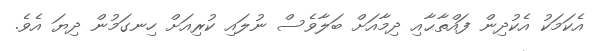
އެކަމަކު އެކުދިން ފައްތާޙާއި ދިމާއަށް ބަލާވެސް ނުލައި ކުރިއަށް ހިނގަމުން ދިޔަ އެވެ.